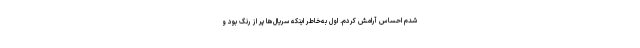
شدم احساس آرامش کردم. اول به‌خاطر اینکه سریال‌ها پر از رنگ بود و